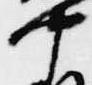
中